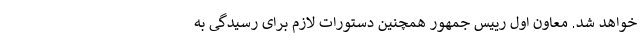
خواهد شد. معاون اول رییس جمهور همچنین دستورات لازم برای رسیدگی به